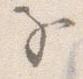
子